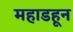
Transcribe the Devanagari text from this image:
महाडहून